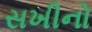
સખીનો